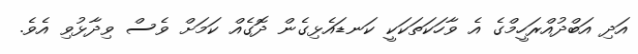
އަދި އަބްދުއްރަހީމްގެ އެ ވާހަކަތަކަކީ ކަނޑައެޅިގެން ދޮގެއް ކަމަށް ވެސް ވިދާޅުވި އެވެ.